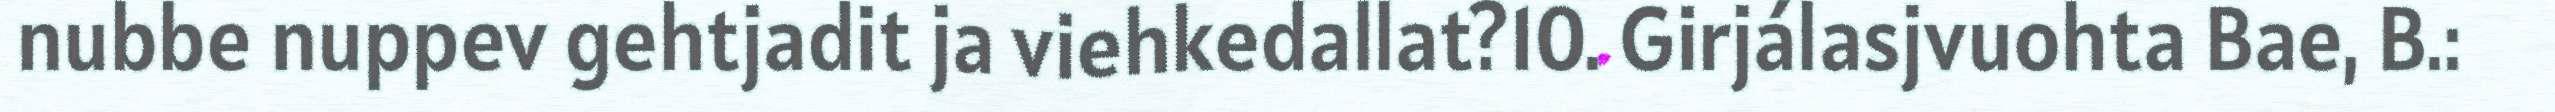
nubbe nuppev gehtjadit ja viehkedallat?10. Girjálasjvuohta Bae, B.: